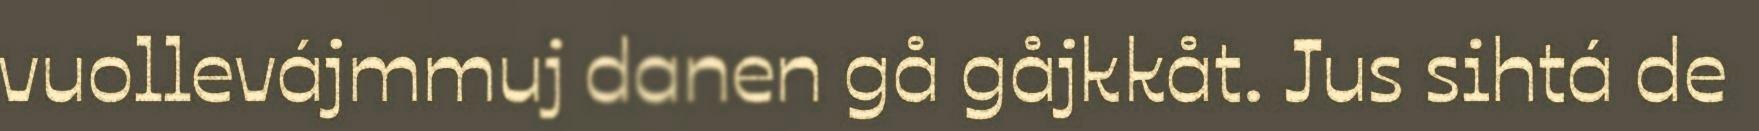
vuollevájmmuj danen gå gåjkkåt. Jus sihtá de